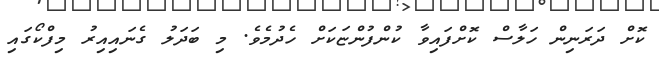
ކޮށް ދަރަނިން ހަލާސް ކޮށްފައިވާ ކުންފުންޏަކަށް ހެދުމެވެ. މި ބަދަލު ގެނައިއިރު މިފްކޯގައި